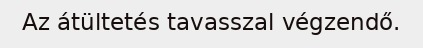
Az átültetés tavasszal végzendő.